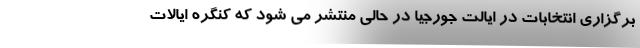
برگزاری انتخابات در ایالت جورجیا در حالی منتشر می شود که کنگره ایالات